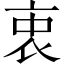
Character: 衷